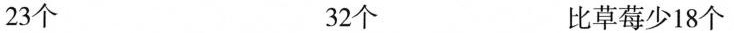
23个 32个 比草莓少18个